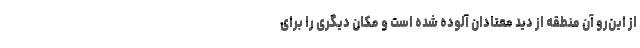
از این‌رو آن منطقه از دید معتادان آلوده شده است و مکان دیگری را برای